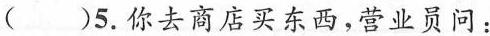
( )5.你去商店买东西,营业员问: